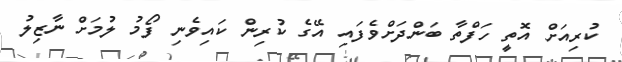
ކުރިއަށް އޮތީ ހަފްތާ ބަންދަށްވެފައި އޭގެ ކުރިން ކައިވެނި ފޯމު ލުމަށް ނާޒިލު